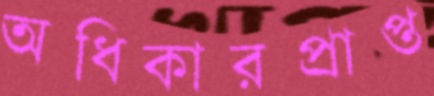
অধিকারপ্রাপ্ত